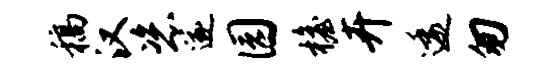
稿汉恣遂园檐卉逶匆